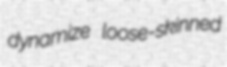
dynamize loose-skinned